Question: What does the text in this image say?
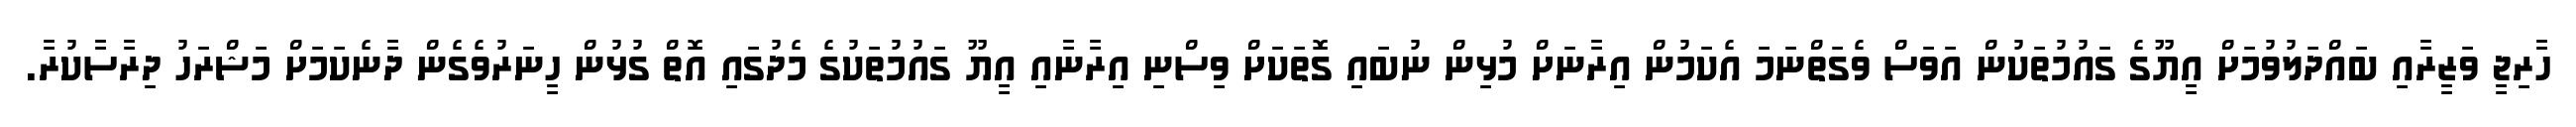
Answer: ހާރިޖީ ވަޒީރާއި ބައްދަލުވުމަށް އީޔޫގެ ގައުމުތަކުން އަވަސް ވެގަތްނަމަ އެކަމުން އިރާނަށް މުޅިން ނުބައި ގޮތަކަށް ވިސްނި އިރާނާއި އީޔޫ ގައުމުތަކުގެ މެދުގައި އޮތް ގުޅުން ހީނަރުވެގެން ދާނެކަމަށް މަޝްރަހު ދިރާސާކުރާ.